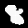
Digit: 8